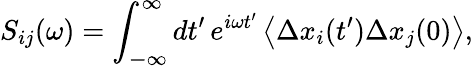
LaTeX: S_{ij}(\omega)=\int_{\mathbb{-\infty}}^{\infty}dt^{\prime}\, e^{i\omega t^{\prime}}\left\langle\Delta x_{i}(t^{\prime})\Delta x_{j}(0)\right\rangle,